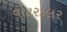
વોટરકલર